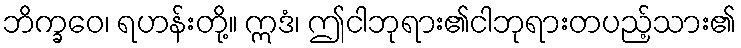
ဘိက္ခဝေ၊ ရဟန်းတို့။ ဣဒံ၊ ဤငါဘုရား၏ငါဘုရားတပည့်သား၏